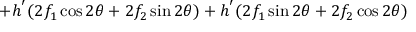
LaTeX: + h ^ { ' } ( 2 f _ { 1 } \cos 2 \theta + 2 f _ { 2 } \sin 2 \theta ) + h ^ { ' } ( 2 f _ { 1 } \sin 2 \theta + 2 f _ { 2 } \cos 2 \theta )